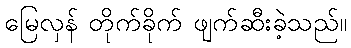
မြေလှန် တိုက်ခိုက် ဖျက်ဆီးခဲ့သည်။